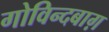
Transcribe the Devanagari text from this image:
गोविन्दबाग़